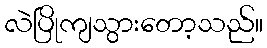
လဲပြိုကျသွားတော့သည်။